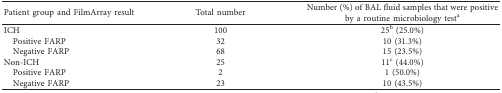
| Patient group and FilmArray result | Total number | Number (%) of BAL fluid samples that were positive by a routine microbiology testa |
 | --- | --- | --- |
 | ICH | 100 | 25b (25.0%) |
 | Positive FARP | 32 | 10 (31.3%) |
 | Negative FARP | 68 | 15 (23.5%) |
 | Non-ICH | 25 | 11c (44.0%) |
 | Positive FARP | 2 | 1 (50.0%) |
 | Negative FARP | 23 | 10 (43.5%) |